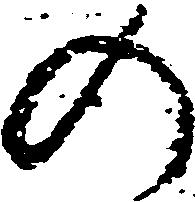
の